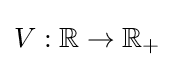
V:\mathbb {R} \to \mathbb {R} _{+}